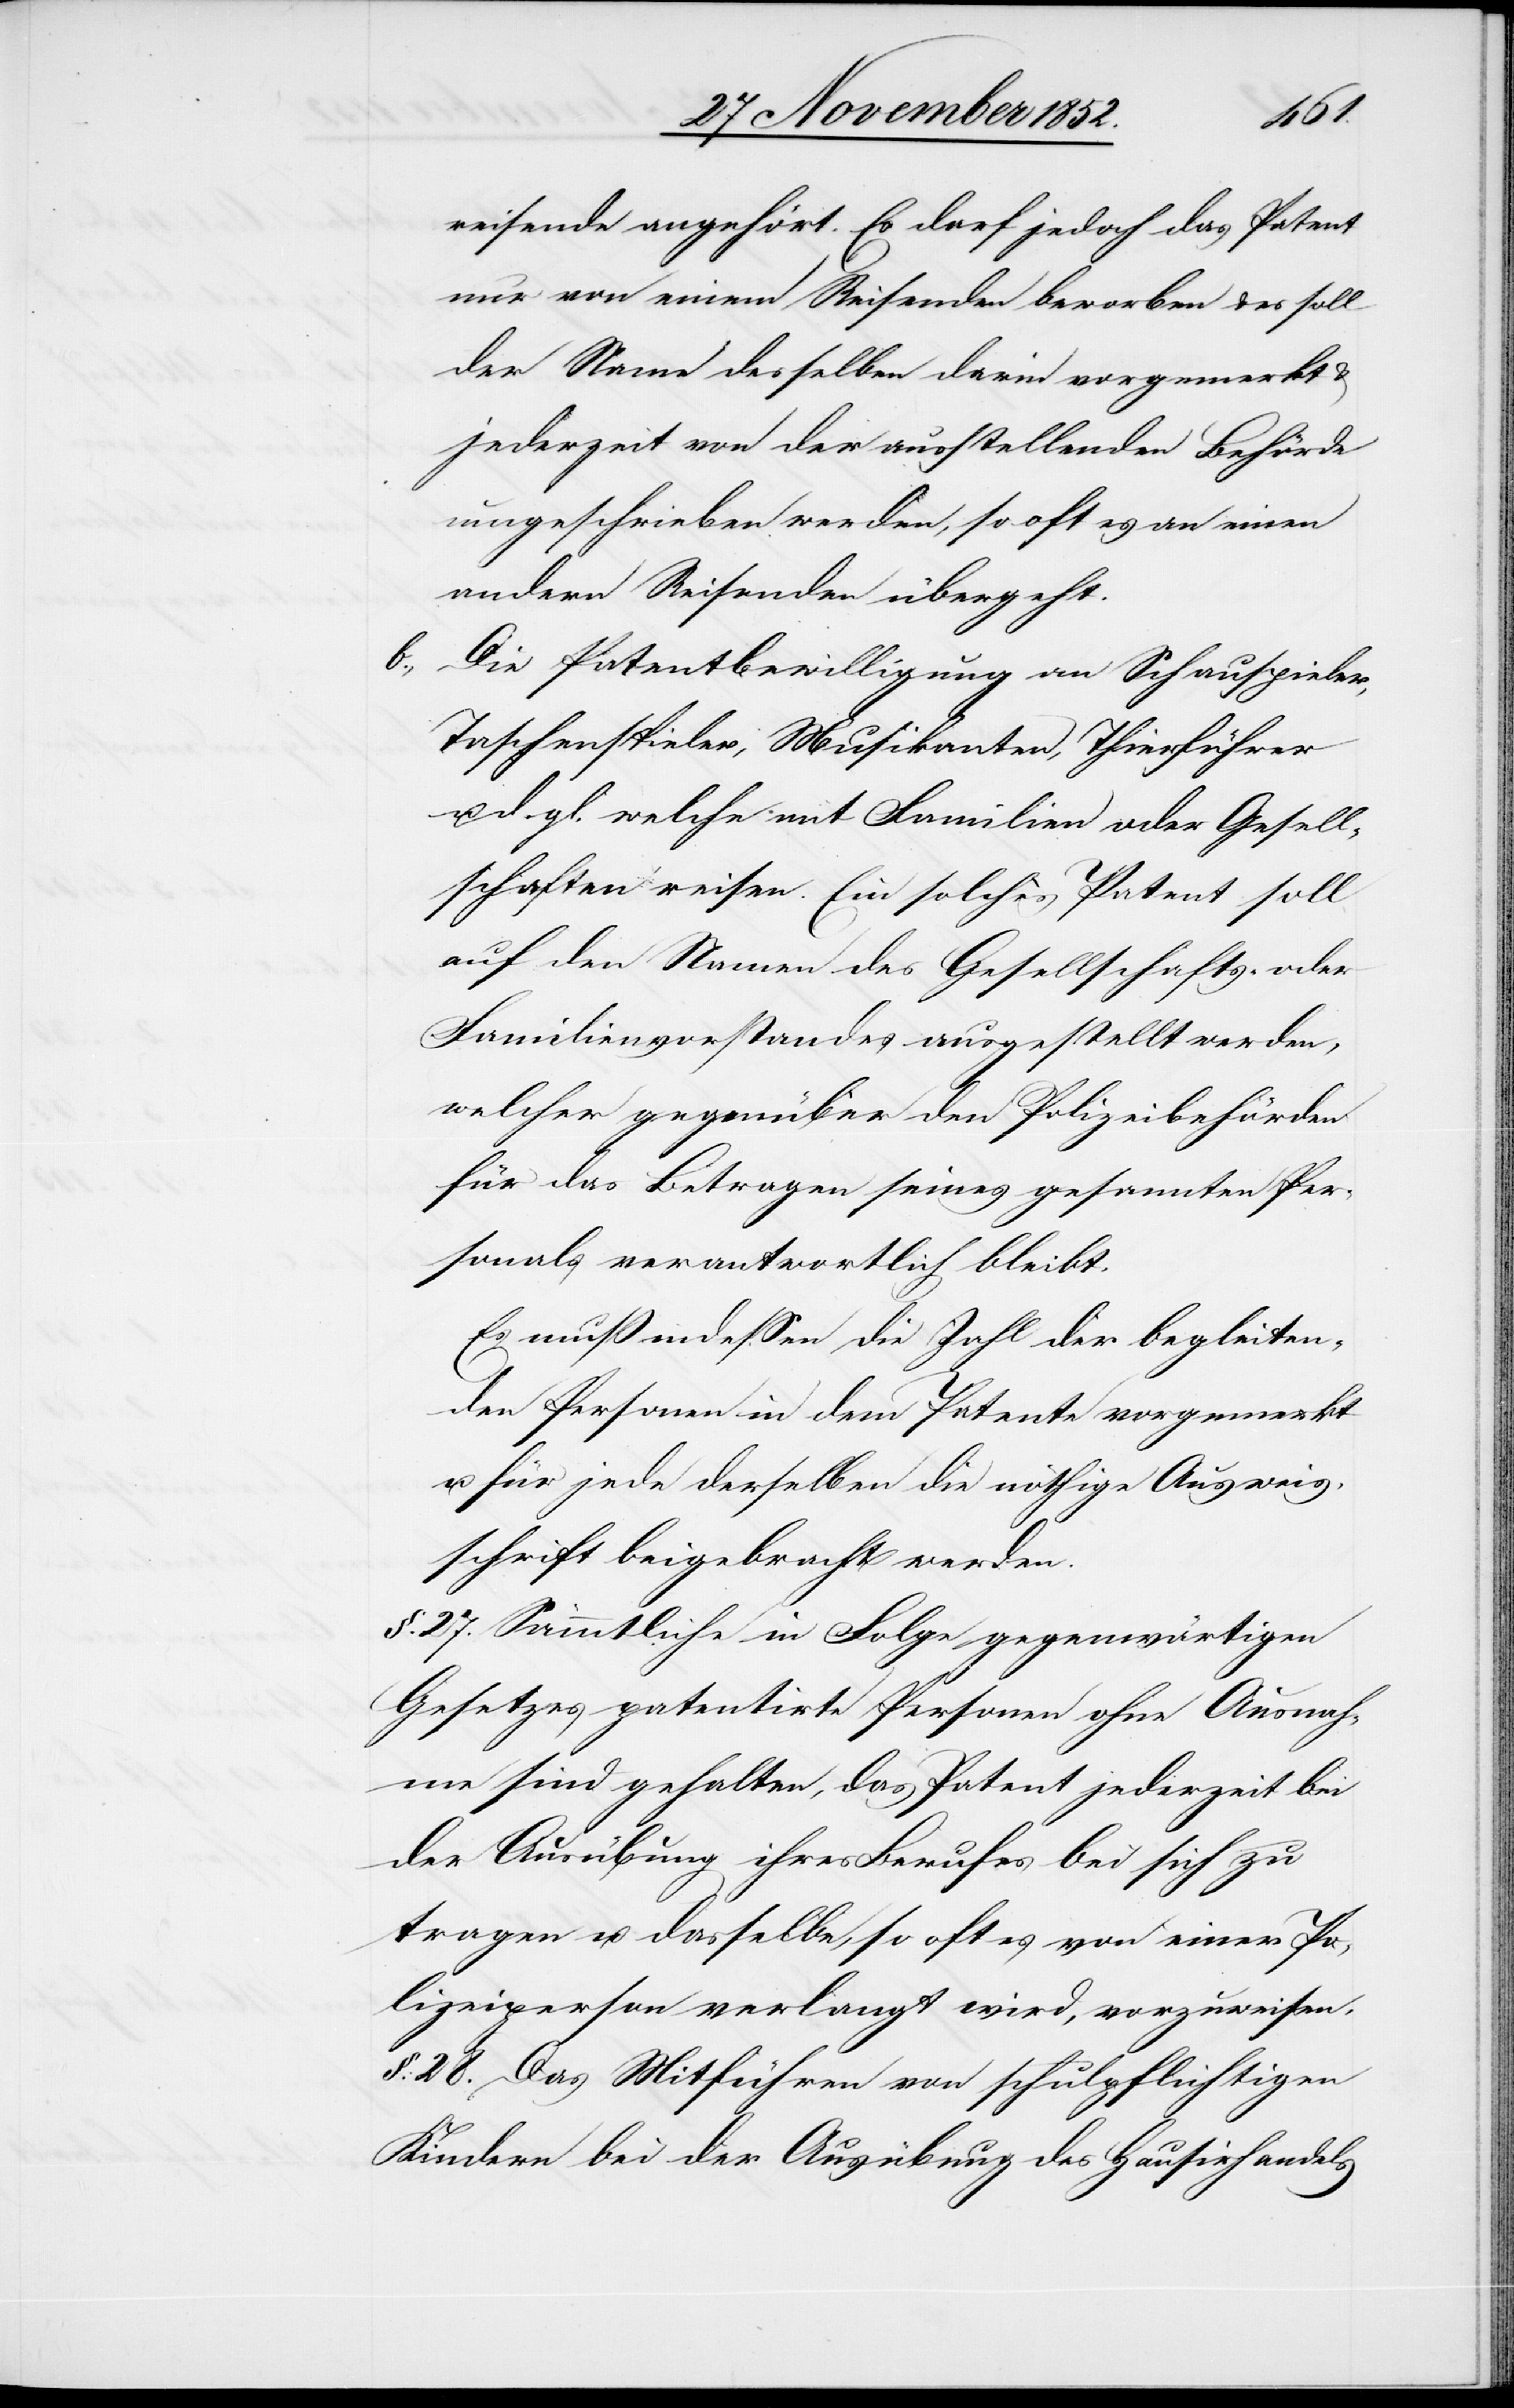
reisende angehört. Es darf jedoch das Patent
nur von einem Reisenden beworben & es soll
der Name desselben darin vorgemerkt
jederzeit von der ausstellenden Behörde
umgeschrieben werden, so oft es an einen
andern Reisenden übergeht.
Die Patentbewilligung an Schauspieler,
Taschenspieler, Musikanten, Thierführer
u. d. gl. welche mit Familien oder Gesell¬
schaften reisen. Ein solches Patent soll
auf den Namen des Gesellschafts- oder
Familienvorstandes ausgestellt werden,
welcher gegenüber den Polizeibehörden
für das Betragen seines gesam[m]ten Per¬
sonals verantwortlich bleibt.
Es muß indessen die Zahl der begleiten¬
den Personen in dem Patente vorgemerkt
u. für jede derselben die nöthige Ausweis¬
schrift beigebracht werden.
§. 27. Sämmtliche in Folge gegenwärtigen
Gesetzes patentirte Personen ohne Ausnah¬
me sind gehalten, das Patent jederzeit bei
der Ausübung ihres Berufes bei sich zu
tragen u. dasselbe, so oft es von einer Po¬
lizeiperson verlangt wird, vorzuweisen.
§. 28. Das Mitführen von schulpflichtigen
Kindern bei der Ausübung des Hausirhandels